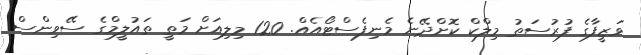
ވަޒީފާގެ ފުރުސަތު މިލްކް ކޮށްދޭނެ މެނިފެސްޓޯއެއް. 120 މިލިއަށް މަތީ ތައުލީމްގެ ސޭވިންސް